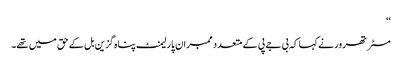
‘‘
مسٹر تھرور نے کہا کہ بی جے پی کے متعدد ممبران پارلیمنٹ پناہ گزین بل کے حق میں تھے۔